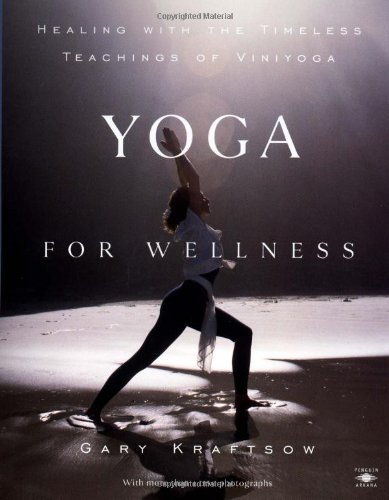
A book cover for Yoga for Wellness: Healing with the Timeless Teachings of Viniyoga; Gary Kraftsow; Health, Fitness & Dieting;